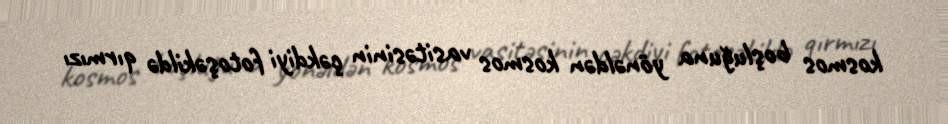
kosmos boşluğuna yönəldən kosmos vasitəsinin çəkdiyi fotoşəkildə qırmızı